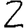
Digit: 2